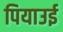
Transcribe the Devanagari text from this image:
पियाउई